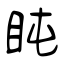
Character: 盹